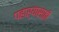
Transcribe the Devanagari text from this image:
पहार्‍यासाठी